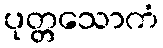
ပုတ္တသောကံ